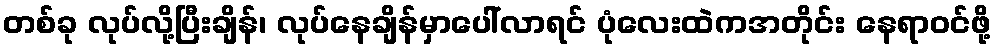
တစ်ခု လုပ်လို့ပြီးချိန်၊ လုပ်နေချိန်မှာပေါ်လာရင် ပုံလေးထဲကအတိုင်း နေရာဝင်ဖို့